Civil Veterinary Department. Central Provinces & Berar 1925-31 - 1925-1931
Year: 1925
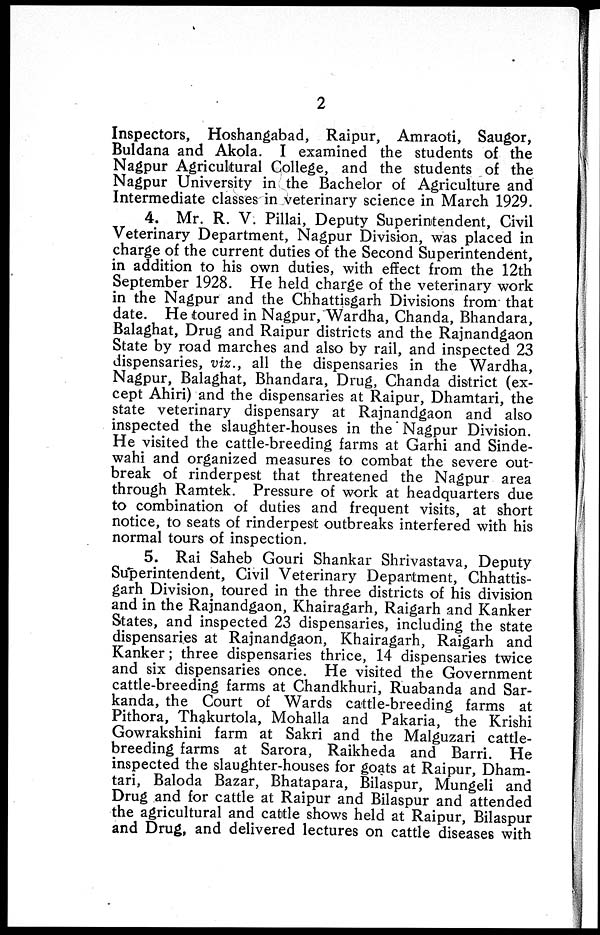
2
Inspectors, Hoshangabad, Raipur, Amraoti, Saugor,
Buldana and Akola. I examined the students of the
Nagpur Agricultural College, and the students of the
Nagpur University in the Bachelor of Agriculture and
Intermediate classes in veterinary science in March 1929.
4. Mr. R. V. Pillai, Deputy Superintendent, Civil
Veterinary Department, Nagpur Division, was placed in
charge of the current duties of the Second Superintendent,
in addition to his own duties, with effect from the 12th
September 1928. He held charge of the veterinary work
in the Nagpur and the Chhattisgarh Divisions from that
date. He toured in Nagpur, Wardha, Chanda, Bhandara,
Balaghat, Drug and Raipur districts and the Rajnandgaon
State by road marches and also by rail, and inspected 23
dispensaries, viz., all the dispensaries in the Wardha,
Nagpur, Balaghat, Bhandara, Drug, Chanda district (ex-
cept Ahiri) and the dispensaries at Raipur, Dhamtari, the
state veterinary dispensary at Rajnandgaon and also
inspected the slaughter-houses in the Nagpur Division.
He visited the cattle-breeding farms at Garhi and Sinde-
wahi and organized measures to combat the severe out-
break of rinderpest that threatened the Nagpur area
through Ramtek. Pressure of work at headquarters due
to combination of duties and frequent visits, at short
notice, to seats of rinderpest outbreaks interfered with his
normal tours of inspection.
5. Rai Saheb Gouri Shankar Shrivastava, Deputy
Superintendent, Civil Veterinary Department, Chhattis-
garh Division, toured in the three districts of his division
and in the Rajnandgaon, Khairagarh, Raigarh and Kanker
States, and inspected 23 dispensaries, including the state
dispensaries at Rajnandgaon, Khairagarh, Raigarh and
Kanker; three dispensaries thrice, 14 dispensaries twice
and six dispensaries once. He visited the Government
cattle-breeding farms at Chandkhuri, Ruabanda and Sar-
kanda, the Court of Wards cattle-breeding farms at
Pithora, Thakurtola, Mohalla and Pakaria, the Krishi
Gowrakshini farm at Sakri and the Malguzari cattle-
breeding farms at Sarora, Raikheda and Barri. He
inspected the slaughter-houses for goats at Raipur, Dham-
tari, Baloda Bazar, Bhatapara, Bilaspur, Mungeli and
Drug and for cattle at Raipur and Bilaspur and attended
the agricultural and cattle shows held at Raipur, Bilaspur
and Drug, and delivered lectures on cattle diseases with